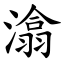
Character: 潝